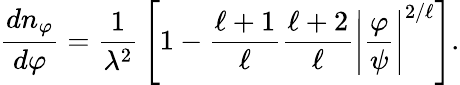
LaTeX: {\frac{dn_{\varphi}}{d\varphi}}={\frac{1}{\lambda^{2}}}\left[1-{\frac{\ell+1}{\ell}}{\frac{\ell+2}{\ell}}\left|\frac{\varphi}{\psi}\right|^{2/\ell}\right].